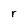
Character: r